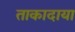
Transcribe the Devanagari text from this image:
ताकादाया